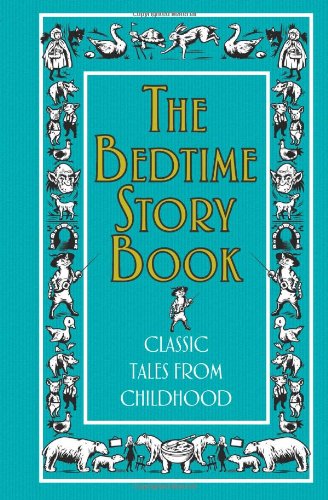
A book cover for The Bedtime Story Book: Classic Tales from Childhood (Best at Everything); Jen Wainwright; Children's Books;